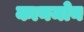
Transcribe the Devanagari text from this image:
कानमोन